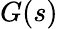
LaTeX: G(s)